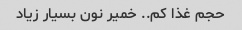
حجم غذا کم.. خمیر نون بسیار زیاد